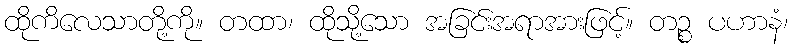
ထိုကိလေသာတို့ကို။ တထာ၊ ထိုသို့သော အခြင်းအရာအားဖြင့်။ တဉ္စ ပဟာနံ၊